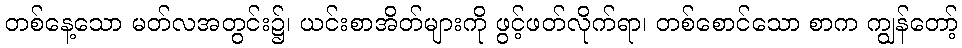
တစ်နေ့သော မတ်လအတွင်း၌၊ ယင်းစာအိတ်များကို ဖွင့်ဖတ်လိုက်ရာ၊ တစ်စောင်သော စာက ကျွန်တော့်